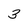
Character: 3